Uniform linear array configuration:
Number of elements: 24
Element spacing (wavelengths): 0.75
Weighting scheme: blackman
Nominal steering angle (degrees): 30
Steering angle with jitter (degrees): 29.778
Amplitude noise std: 0.05
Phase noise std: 0.05

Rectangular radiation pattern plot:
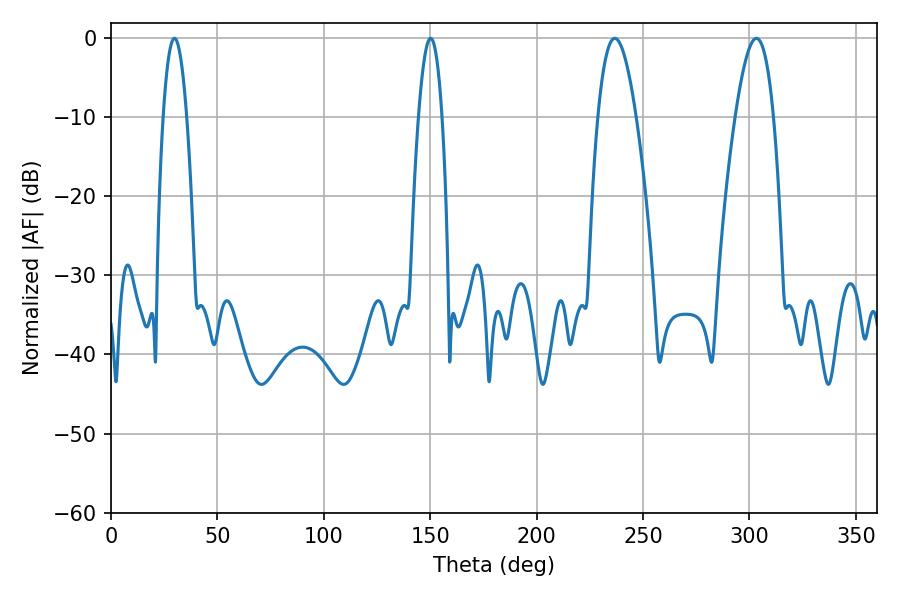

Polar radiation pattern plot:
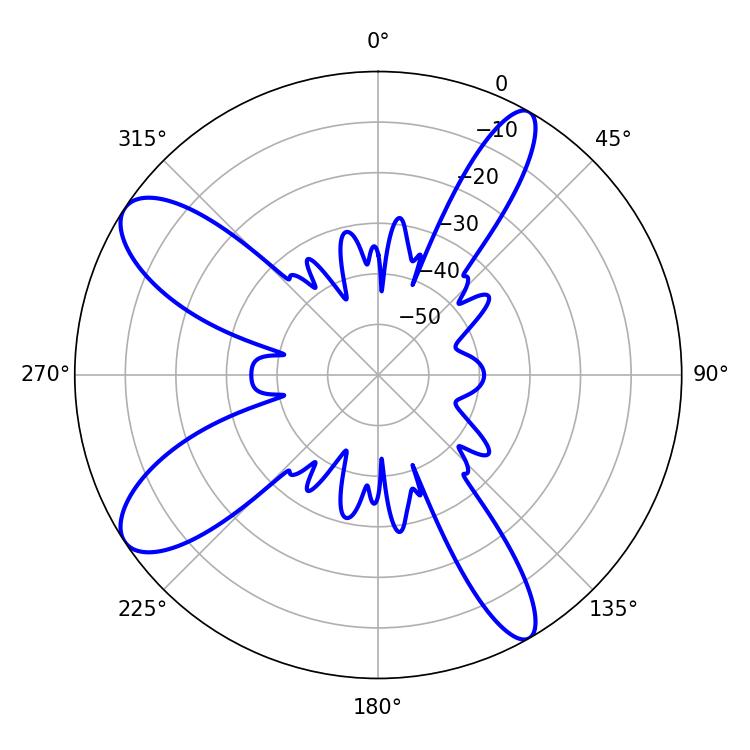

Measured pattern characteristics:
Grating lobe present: TRUE
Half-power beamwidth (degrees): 9.72
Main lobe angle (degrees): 236.7